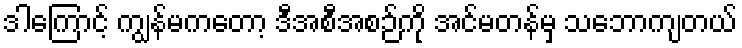
ဒါကြောင့် ကျွန်မကတော့ ဒီအစီအစဉ်ကို အင်မတန်မှ သဘောကျတယ်